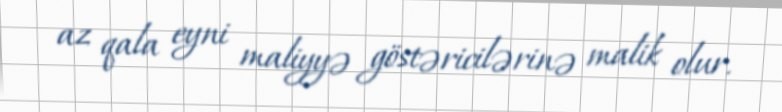
az qala eyni maliyyə göstəricilərinə malik olur.